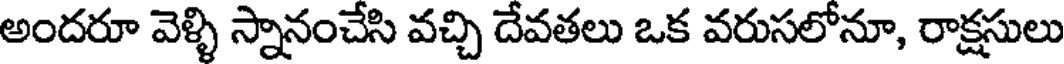
అందరూ వెళ్ళి స్నానంచేసి వచ్చి దేవతలు ఒక వరుసలోనూ, రాక్షసులు